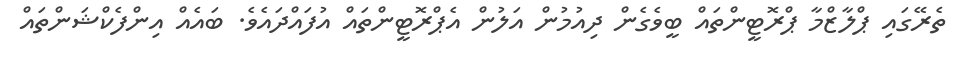
ތެރޭގައި ޕްލާޒްމާ ޕްރޮޓީންތައް ބީވެގެން ދިއުމުން އަލުން އެޕްރޮޓީންތައް އުފައްދައެވެ. ބައެއް އިންފެކްޝަންތައް